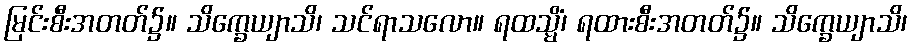
မြင်းစီးအတတ်၌။ သိက္ခေယျာသိ၊ သင်ရာသလော။ ရထသ္မိံ၊ ရထားစီးအတတ်၌။ သိက္ခေယျာသိ၊